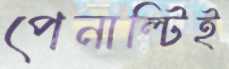
পেনাল্টিই